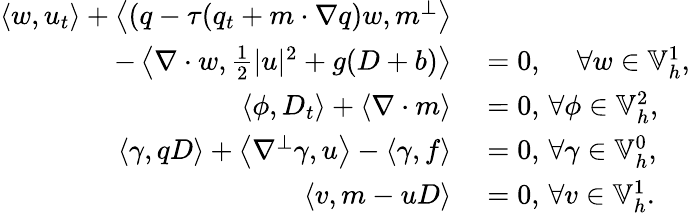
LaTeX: \begin{array}{rl}{\left\langle w,u_{t}\right\rangle+\left\langle\left(q-{\tau}(q_{t}+m\cdot\nabla q\right)w,m^{\perp}\right\rangle}&{{}}\\ {\qquad-\left\langle\nabla\cdot w,\frac{1}{2}|u|^{2}+g(D+b)\right\rangle}&{{}=0,\, \quad\forall w\in\mathbb{V}_{h}^{1},}\\ {\left\langle\phi,D_{t}\right\rangle+\left\langle\nabla\cdot m\right\rangle}&{{}=0,\, \forall\phi\in\mathbb{V}_{h}^{2},}\\ {\left\langle\gamma,qD\right\rangle+\left\langle\nabla^{\perp}\gamma,u\right\rangle-\left\langle\gamma,f\right\rangle}&{{}=0,\, \forall\gamma\in\mathbb{V}_{h}^{0},}\\ {\left\langle v,m-uD\right\rangle}&{{}=0,\, \forall v\in\mathbb{V}_{h}^{1}.}\end{array}